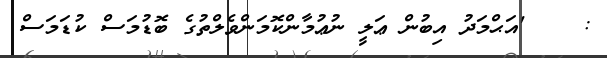
:    'އަޙްމަދު އިބުން ޢަލީ ނުޢުމާންކޮމަންވެލްތުގެ ބޮޑުމަސް ކުޑަމަސް